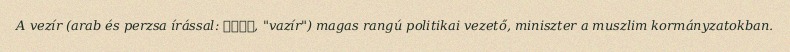
A vezír (arab és perzsa írással: وزير, "vazír") magas rangú politikai vezető, miniszter a muszlim kormányzatokban.